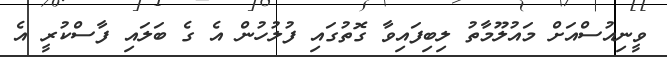
ވީނިއުސްއަށް މައުލޫމާތު ލިބިފައިވާ ގޮތުގައި ފުލުހުން އެ ގެ ބަލައި ފާސްކުރީ އެ